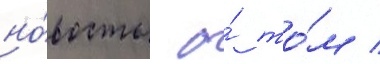
но́вость о́ то́м /